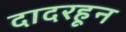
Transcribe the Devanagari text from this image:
दादरहून